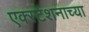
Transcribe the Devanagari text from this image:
एक्स्टेंशनाच्या